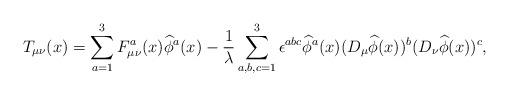
LaTeX: \begin{align*}T_{\mu\nu}(x)=\sum_{a=1}^3F_{\mu\nu}^a(x)\widehat{\phi}^a(x)-\frac{1}{\lambda}\sum_{a,b,c=1}^3\epsilon^{abc}\widehat{\phi}^a(x)(D_\mu\widehat{\phi}(x))^b(D_\nu\widehat{\phi}(x))^c,\end{align*}